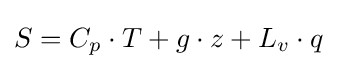
S=C_{p}\cdot T+g\cdot z+L_{v}\cdot q